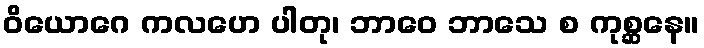
ဝိယောဂေ ကလဟေ ပါတု၊ ဘာဝေ ဘာသေ စ ကုစ္ဆနေ။